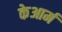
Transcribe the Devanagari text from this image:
केआर्म